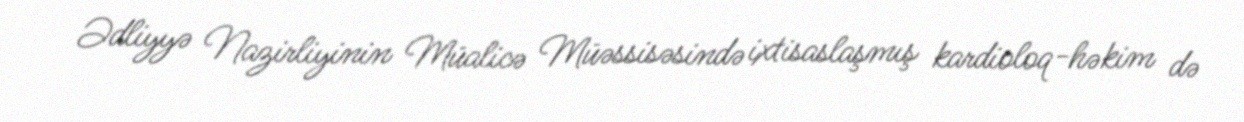
Ədliyyə Nazirliyinin Müalicə Müəssisəsində ixtisaslaşmış kardioloq-həkim də